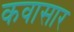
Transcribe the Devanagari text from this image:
कवासार